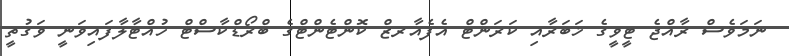
ނަމަވެސް ރާއްޖެ ޓީވީގެ ޚަބަރާއި ކަރަންޓް އެފެއާރޒް ކޮންޓެންޓްގެ ބްރޯޑްކާސްޓް ހުއްޓާލާފައިވަނީ ވަގުތީ